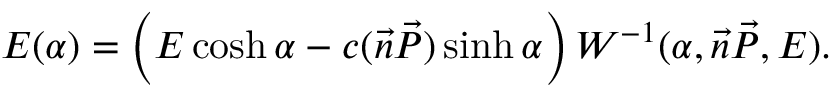
E ( \alpha ) = \left( E \cosh \alpha - c ( \vec { n } \vec { P } ) \sinh \alpha \right) { \cal { W } } ^ { - 1 } ( \alpha , \vec { n } \vec { P } , E ) .